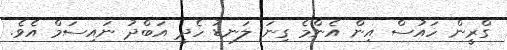
ގްރީން ހައުސް އިން އެންމެ ގިނަ ލަނޑު ހެދީ އަބްދު ނައިސަމް އެވެ.